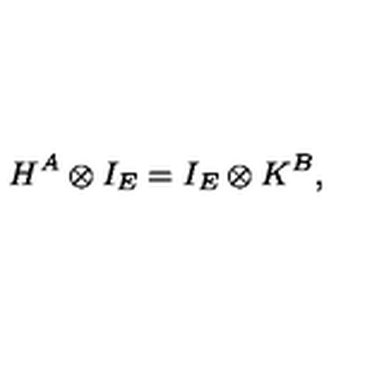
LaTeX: H ^ { A } \otimes I _ { E } = I _ { E } \otimes K ^ { B } ,